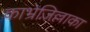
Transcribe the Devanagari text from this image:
काभ्रेजिल्लाका